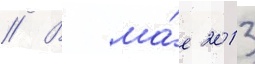
// В ма́е 2013